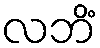
လဘိံ